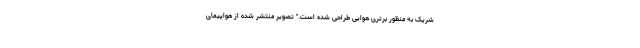
شریک به منظور برتری هوایی طراحی شده است." تصویر منتشر شده از هواپیمای